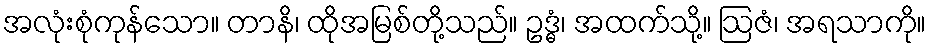
အလုံးစုံကုန်သော။ တာနိ၊ ထိုအမြစ်တို့သည်။ ဥဒ္ဓံ၊ အထက်သို့။ ဩဇံ၊ အရသာကို။